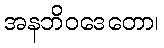
အနဘိဝဒေတော၊